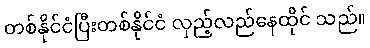
တစ်နိုင်ငံပြီးတစ်နိုင်ငံ လှည့်လည်နေထိုင် သည်။